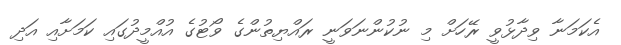
އެކަމަނާ ވިދާޅުވީ ރޭހަށް މި ނުކުންނަވަނީ ރައްޔިތުންގެ ވޯޓުގެ އުއްމީދުގައި ކަމަށާއި އަދި